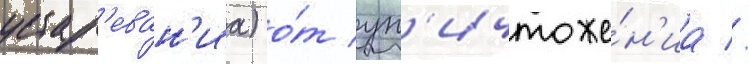
устар'еван'иа) о́т ун'ичтоже́н'иа //